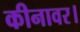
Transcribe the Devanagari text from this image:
कीनावर।